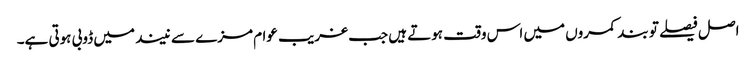
اصل فیصلے تو بند کمروں میں اس وقت ہوتے ہیں جب غریب عوام مزے سے نیند میں ڈوبی ہوتی ہے۔